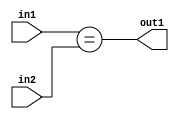
`timescale 1ps / 1ps
/*****************************************************************************
    Verilog RTL Description
    
    
    Created by: Stratus DpOpt 2019.1.01 
*******************************************************************************/

module bn_addr_gen_Equal_8Ux1U_1U_4_0 (
	in2,
	in1,
	out1
	); /* architecture "behavioural" */ 
input [7:0] in2;
input  in1;
output  out1;
wire  asc001;

assign asc001 = (in1==in2);

assign out1 = asc001;
endmodule

/* CADENCE  urj5TQ0= : u9/ySgnWtBlWxVPRXgAZ4Og= ** DO NOT EDIT THIS LINE ******/